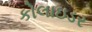
કોલાઇડર